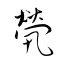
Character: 煢